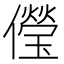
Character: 𠐓